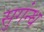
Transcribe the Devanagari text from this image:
सुगंन्ध